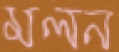
মলন